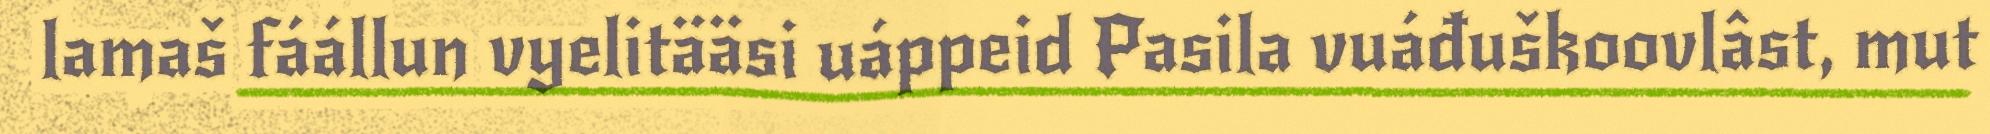
lamaš fáállun vyelitääsi uáppeid Pasila vuáđuškoovlâst, mut